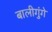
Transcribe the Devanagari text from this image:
बालीगुंगे